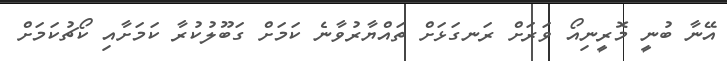
އޭނާ ބުނީ މޮރީނިއޯ ވަރަށް ރަނގަޅަށް ތައްޔާރުވާނެ ކަމަށް ގަބޫލުކުރާ ކަމަށާއި ކޯޗުކަމަށް